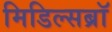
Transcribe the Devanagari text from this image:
मिडिल्सब्रॉ